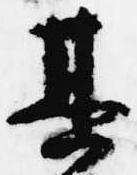
其